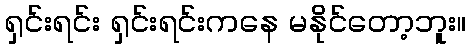
ရှင်းရင်း ရှင်းရင်းကနေ မနိုင်တော့ဘူး။